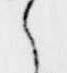
之